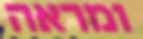
ומראה